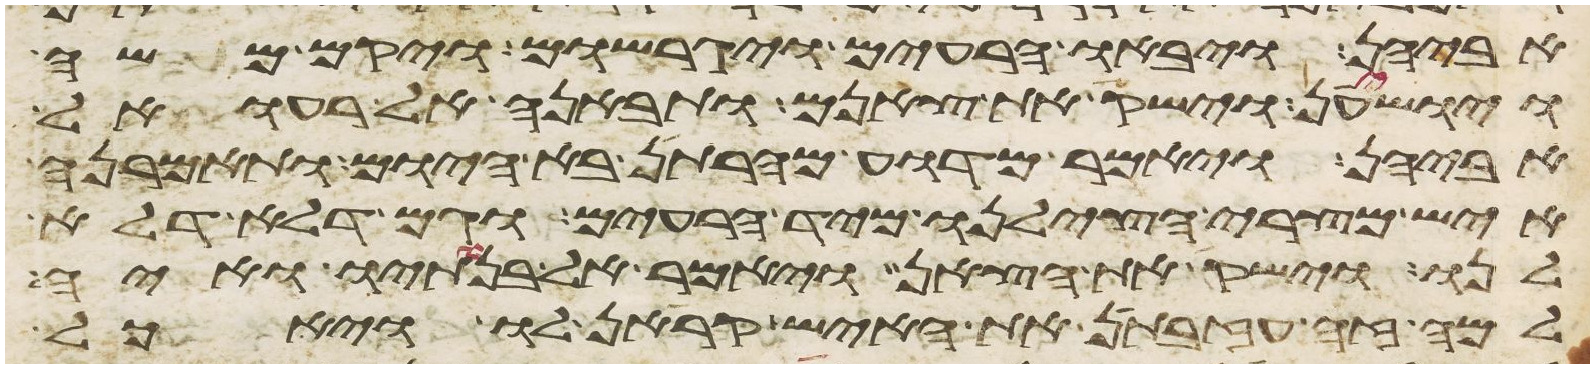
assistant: אביהן ויבאו הרעים ויגרשום ויקם משה
ויושיענה וישק את צאנם ותבאנה אל רעואל
אביהן ויאמר מדוע מהרתן בא היום ותאמרנה
איש מצרי הצילנו מיד הרעים וגם דלא דלא
לנו וישק את הצאן ויאמר אל בנתיו ואיה
למה זה עזבתן את האיש קראן לו ויאכל